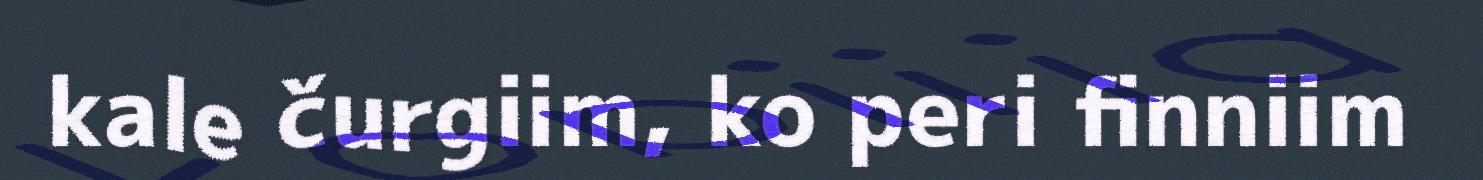
kale čurgiim, ko peri finniim